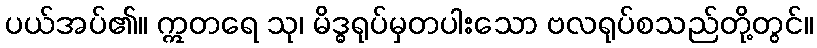
ပယ်အပ်၏။ ဣတရေ သု၊ မိဒ္ဓရုပ်မှတပါးသော ဗလရုပ်စသည်တို့တွင်။